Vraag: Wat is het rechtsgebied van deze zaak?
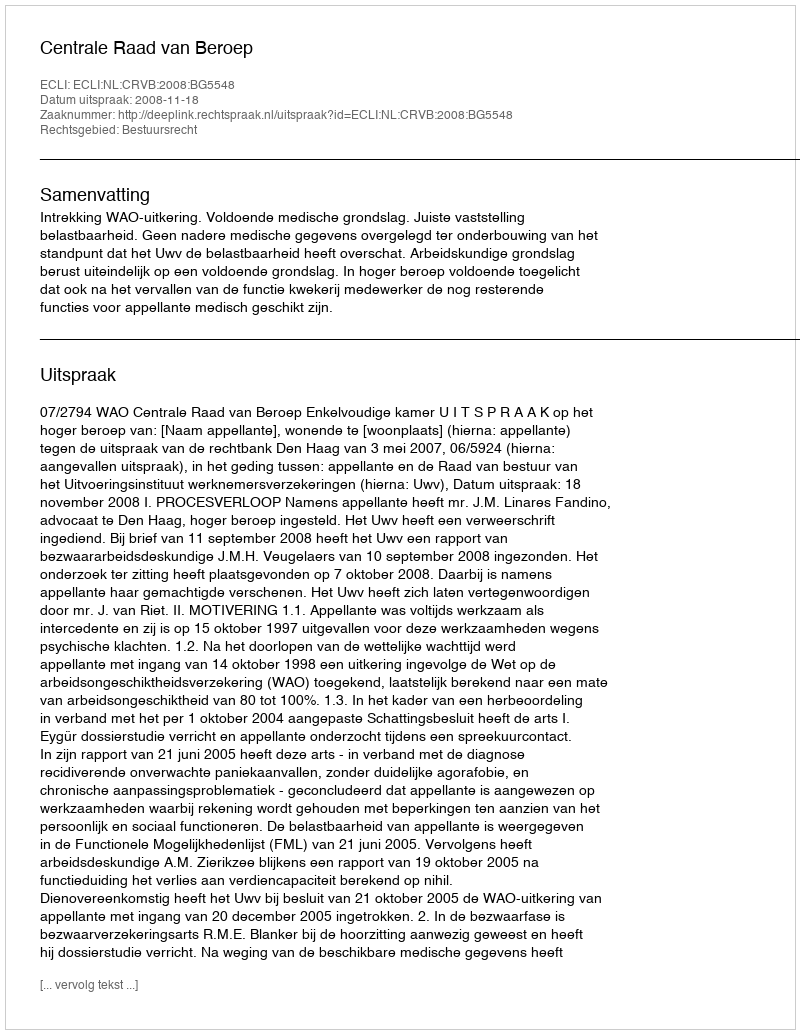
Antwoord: Bestuursrecht